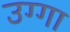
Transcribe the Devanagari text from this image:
उग्गा